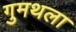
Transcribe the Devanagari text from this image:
गुमथला